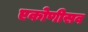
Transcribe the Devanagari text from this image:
एकोणीसव